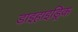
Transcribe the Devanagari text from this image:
डाइहाइड्रिक